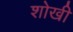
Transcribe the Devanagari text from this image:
शोखी